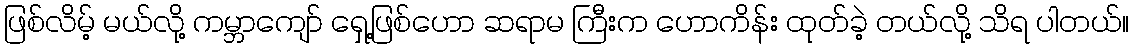
ဖြစ်လိမ့် မယ်လို့ ကမ္ဘာကျော် ရှေ့ဖြစ်ဟော ဆရာမ ကြီးက ဟောကိန်း ထုတ်ခဲ့ တယ်လို့ သိရ ပါတယ်။